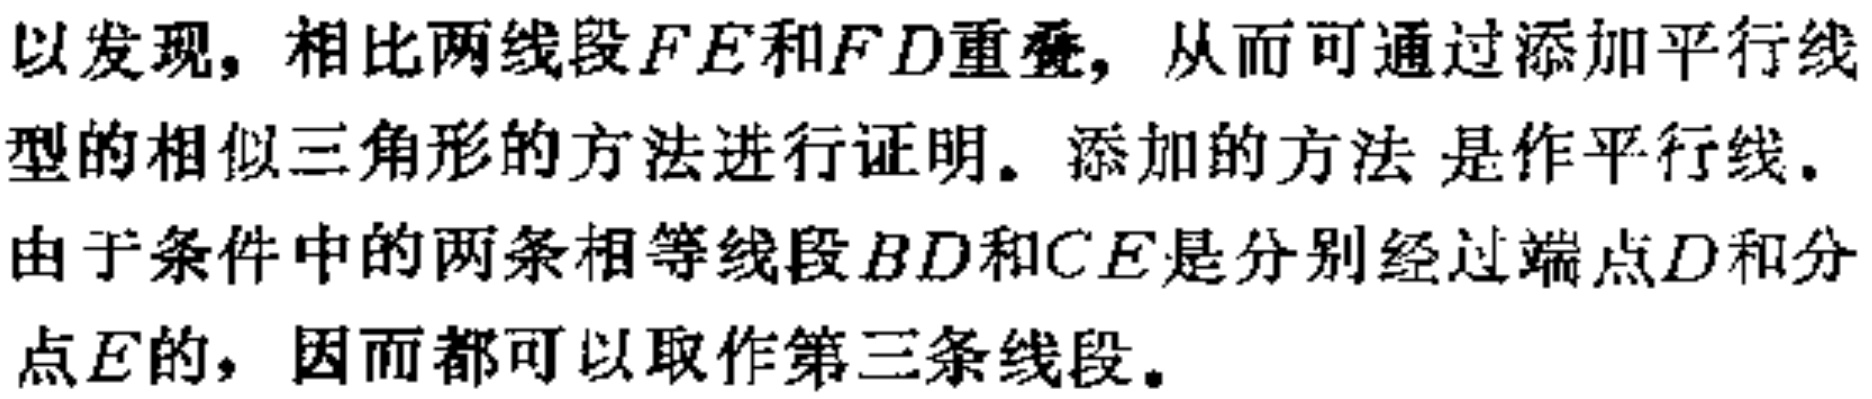
以发现，相比两线段\(FE\)和\(FD\)重叠，从而可通过添加平行线型的相似三角形的方法进行证明。添加的方法 是作平行线。由于条件中的两条相等线段\(BD\)和\(CE\)是分别经过端点\(D\)和分点\(E\)的，因而都可以取作第三条线段。